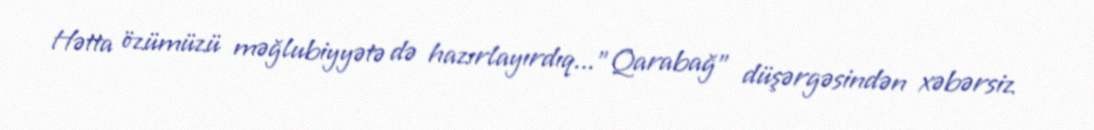
Hətta özümüzü məğlubiyyətə də hazırlayırdıq..."Qarabağ" düşərgəsindən xəbərsiz